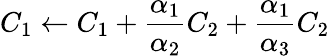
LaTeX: C_{1}\leftarrow C_{1}+\frac{\alpha_{1}}{\alpha_{2}}C_{2}+\frac{\alpha_{1}}{\alpha_{3}}C_{2}